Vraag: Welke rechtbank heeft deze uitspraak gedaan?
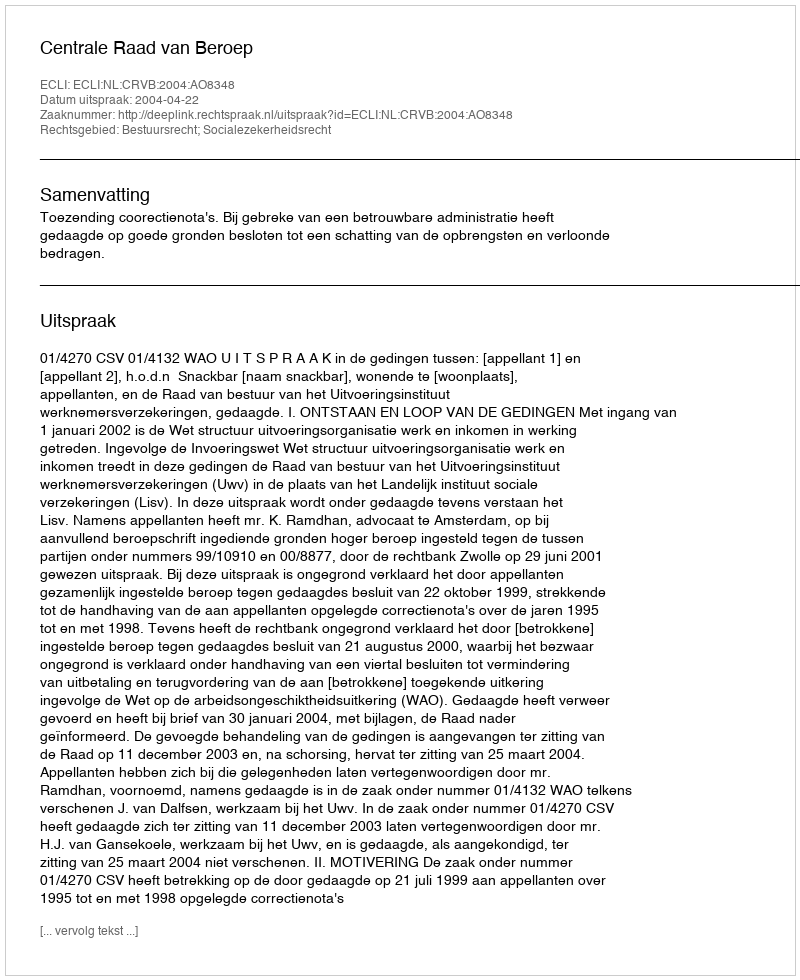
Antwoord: Centrale Raad van Beroep